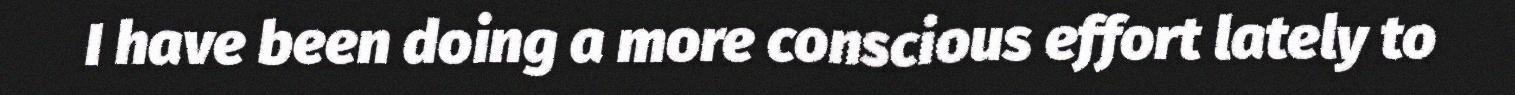
I have been doing a more conscious effort lately to